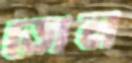
ডোল